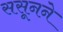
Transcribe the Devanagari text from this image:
ससूनने